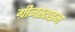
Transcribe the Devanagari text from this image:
ग्रीनस्टाइन